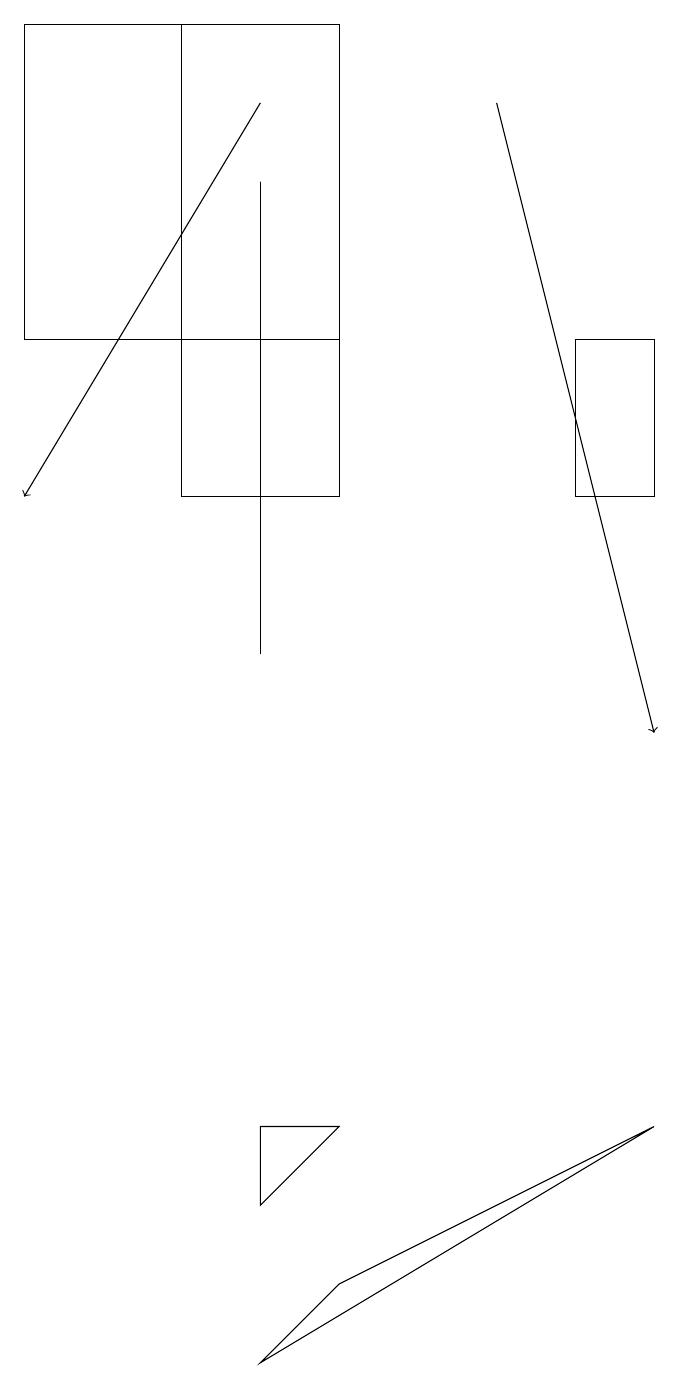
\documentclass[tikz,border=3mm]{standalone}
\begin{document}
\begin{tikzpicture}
\draw (5,15) rectangle (1,19);
\draw (5,5) -- (4,5) -- (4,4) -- cycle;
\draw (4,11) rectangle (4,17);
\draw (8,15) rectangle (9,13);
\draw (3,13) rectangle (5,19);
\draw[->] (4,18) -- (1,13);
\draw (4,2) -- (9,5) -- (5,3) -- cycle;
\draw[->] (7,18) -- (9,10);
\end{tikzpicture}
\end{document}